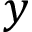
y